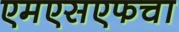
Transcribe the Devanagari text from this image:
एमएसएफचा